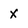
Character: x